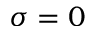
\sigma = 0